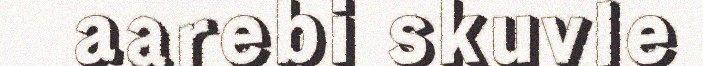
aarebi skuvle